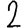
Digit: 2